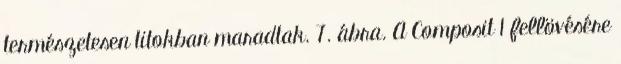
természetesen titokban maradtak. 7. ábra. A Composit 1 fellövésére